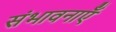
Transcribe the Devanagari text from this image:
संभावनाऍं